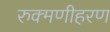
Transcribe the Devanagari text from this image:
रुक्मणीहरण